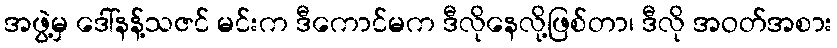
အဖွဲ့မှ ဒေါ်နန့်သဇင် မင်းက ဒီကောင်မက ဒီလိုနေလို့ဖြစ်တာ၊ ဒီလို အဝတ်အစား